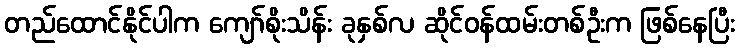
တည်ထောင်နိုင်ပါက ကျော်စိုးသိန်း ခုနှစ်လ ဆိုင်ဝန်ထမ်းတစ်ဦးက ဖြစ်နေပြီး